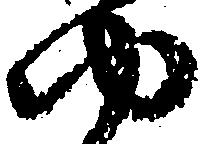
ゆ